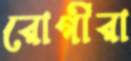
রোগীরা